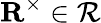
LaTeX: {\mathbf{R}}^{\times}\in\mathcal{R}